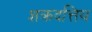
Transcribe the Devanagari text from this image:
शक्रदत्तिय